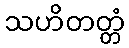
သဟိတတ္တံ